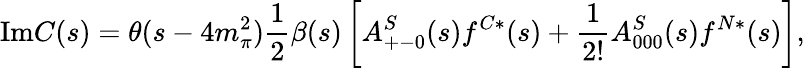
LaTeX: \mathrm{Im}C(s)=\theta(s-4m_{\pi}^{2}){\frac{1}{2}}\beta(s)\left[A_{+-0}^{S}(s)f^{C*}(s)+{\frac{1}{2!}}A_{000}^{S}(s)f^{N*}(s)\right],